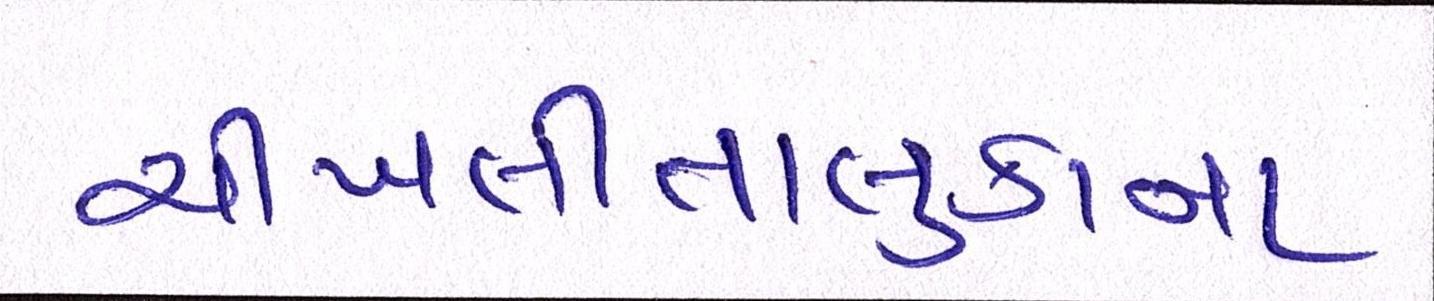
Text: ચીખલીતાલુકાના